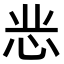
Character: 𭜝